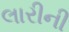
લારીની